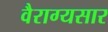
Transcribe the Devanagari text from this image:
वैराग्यसार